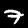
Label: 7